Leaving Certificate Examination (including Day School Certificate (Higher) General paper), 1928
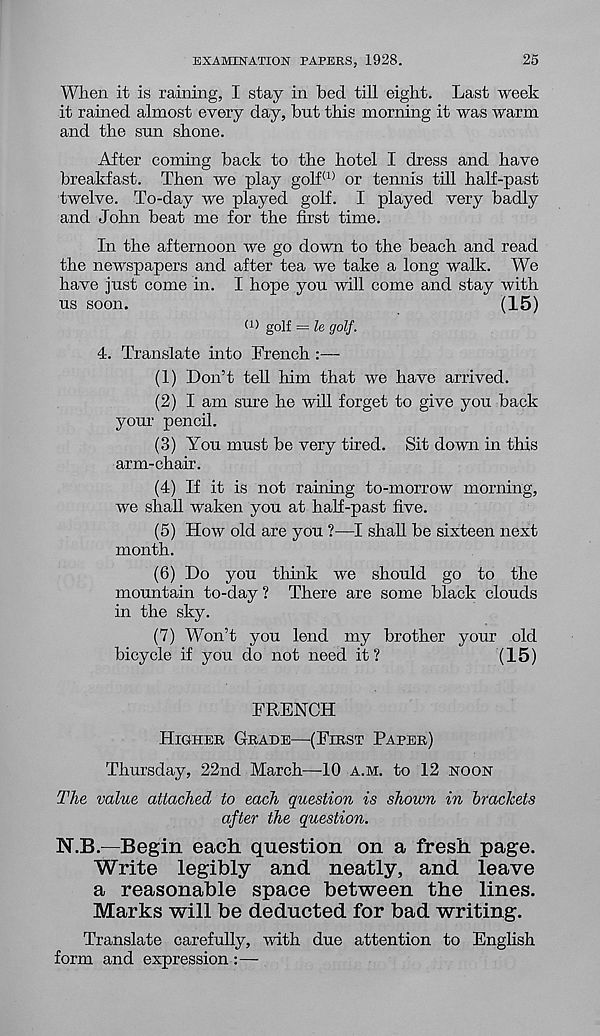
EXAMINATION PAPERS, 1928.
25
When it is raining, I stay in bed till eight. Last week
it rained almost every day, but this morning it was warm
and the sun shone.
After coming back to the hotel I dress and have
breakfast. Then we play golf (1) or temiis till half-past
twelve. To-day we played golf. I played very badly
and John beat me for the first time.
In the afternoon we go down to the beach and read
the newspapers and after tea we take a long walk. We
have just come in. I hope you will come and stay with
us soon.
(15)
(i) golf = le golf.
4. Translate into French :—
(1) Don’t tell him that we have arrived.
(2) I am sure he will forget to give you back
your pencil.
(3) You must be very tired. Sit down in this
arm-chair.
(4) If it is not raining to-morrow morning,
we shall waken you at half-past five.
(5) How old are you ?—I shall be sixteen next
month.
(6) Do you think we should go to the
mountain to-day ? There are some black clouds
in the sky.
(7) Won’t you lend my brother your old
bicycle if you do not need it?
(15)
FRENCH
HIGHER GRADE—(FIRST PAPER)
Thursday, 22nd March—10 A.M. to 12 NOON
The value attached to each question is shown in brackets
after the question.
N.B.—Begin each question on a fresh page.
Write legibly and neatly, and leave
a reasonable space between the lines.
Marks will be deducted for bad writing.
Translate carefully, with due attention to English
form and expression :—